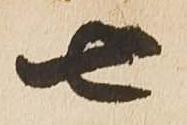
七